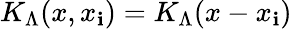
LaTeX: K_{\Lambda}(x,x_{\mathbf{i}})=K_{\Lambda}(x-x_{\mathbf{i}})